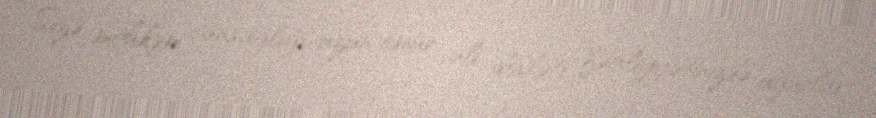
Sizə möhkəm cansağlığı, uzun ömür, ali dövləti fəaliyyətinizdə uğurlar